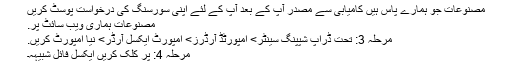
مصنوعات جو ہمارے پاس ہیں کامیابی سے مصدر آپ کے بعد آپ کے لئے اپنی سورسنگ کی درخواست پوسٹ کریں
مصنوعات ہماری ویب سائٹ پر.
مرحلہ 3: تحت ڈراپ شپپنگ سینٹر> امپورٹڈ آرڈرز> امپورٹ ایکسل آرڈر> نیا امپورٹ کریں.
مرحلہ 4: پر کلک کریں ایکسل فائل شبیہہ۔